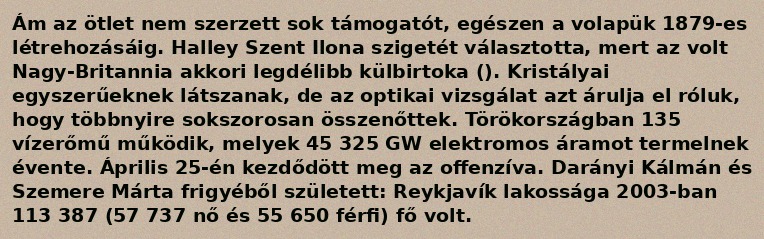
Ám az ötlet nem szerzett sok támogatót, egészen a volapük 1879-es létrehozásáig. Halley Szent Ilona szigetét választotta, mert az volt Nagy-Britannia akkori legdélibb külbirtoka (). Kristályai egyszerűeknek látszanak, de az optikai vizsgálat azt árulja el róluk, hogy többnyire sokszorosan összenőttek. Törökországban 135 vízerőmű működik, melyek 45 325 GW elektromos áramot termelnek évente. Április 25-én kezdődött meg az offenzíva. Darányi Kálmán és Szemere Márta frigyéből született: Reykjavík lakossága 2003-ban 113 387 (57 737 nő és 55 650 férfi) fő volt.